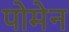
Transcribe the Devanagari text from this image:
पोमेन